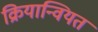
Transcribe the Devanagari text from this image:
क्रियान्वियत